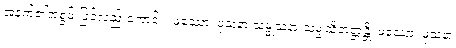
အနက်၏အစွမ်းဖြင့်လည်းကောင်း။ ဖဿော၊ ဖုသနာ သမ္ဖုသနာ သမ္ဖုသိတတ္တန္တိ၊ ဖဿော၊ ဖုသနာ